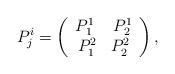
LaTeX: \begin{align*}P_{j}^{i}=\left(\begin{array}{c}P_{1}^{1}\;\;\;\;P_{2}^{1} \\P_{1}^{2}\;\;\;P_{2}^{2}\end{array}\right) ,\end{align*}